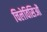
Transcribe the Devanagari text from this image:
चिलेविसिओं